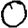
Digit: 0